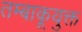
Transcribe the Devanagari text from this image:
तम्बाकूयुक्त